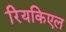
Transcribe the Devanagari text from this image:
रियकिएल